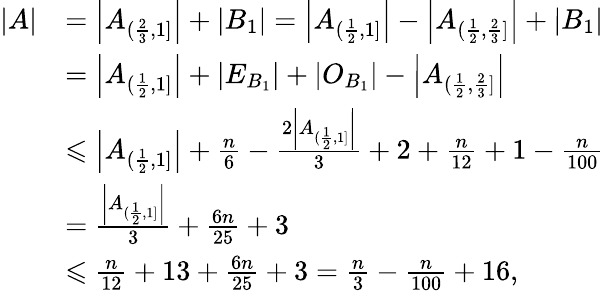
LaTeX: \begin{array}{rl}{|A|}&{=\left|A_{(\frac{2}{3},1]}\right|+|B_{1}|=\left|A_{(\frac{1}{2},1]}\right|-\left|A_{(\frac{1}{2},\frac{2}{3}]}\right|+|B_{1}|}\\ &{=\left|A_{(\frac{1}{2},1]}\right|+|E_{B_{1}}|+|O_{B_{1}}|-\left|A_{(\frac{1}{2},\frac{2}{3}]}\right|}\\ &{\leqslant\left|A_{(\frac{1}{2},1]}\right|+\frac{n}{6}-\frac{2\left|A_{(\frac{1}{2},1]}\right|}{3}+2+\frac{n}{12}+1-\frac{n}{100}}\\ &{=\frac{\left|A_{(\frac{1}{2},1]}\right|}{3}+\frac{6n}{25}+3}\\ &{\leqslant\frac{n}{12}+13+\frac{6n}{25}+3=\frac{n}{3}-\frac{n}{100}+16,}\end{array}